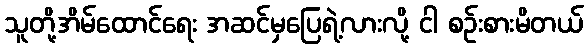
သူတို့အိမ်ထောင်ရေး အဆင်မှပြေရဲ့လားလို့ ငါ စဉ်းစားမိတယ်